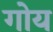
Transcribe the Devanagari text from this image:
गोय